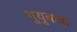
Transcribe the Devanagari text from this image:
गुयुकचा